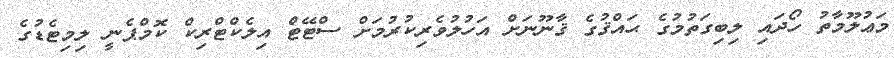
މަޢުލޫމާތު ހޯދައި ލިބިގަތުމުގެ ޙައްޤުގެ ޤާނޫނަށް އަހުލުވެރިކުރުމަށް ސްޓޭޓް އިލެކްޓްރިކް ކޮމްޕެނީ ލިމިޓެޑުގެ